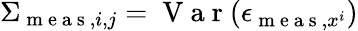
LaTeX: \Sigma_{\mathrm{~m~e~a~s~},i,j}=\mathrm{~V~a~r~}(\epsilon_{\mathrm{~m~e~a~s~},x^{i}})